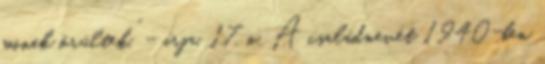
minek örültek.” – írja. 17. o. A családnevét 1940-ben